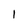
Character: 1